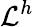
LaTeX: \mathcal{L}^{h}